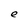
Character: e